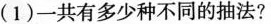
(1)一共有多少种不同的抽法?